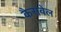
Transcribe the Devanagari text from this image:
कैसवेल